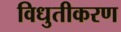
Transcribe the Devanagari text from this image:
विधुतीकरण